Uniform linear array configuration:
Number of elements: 24
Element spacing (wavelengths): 0.5
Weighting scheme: blackman
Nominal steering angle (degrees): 45
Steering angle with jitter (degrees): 45.702
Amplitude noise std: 0.05
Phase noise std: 0.05

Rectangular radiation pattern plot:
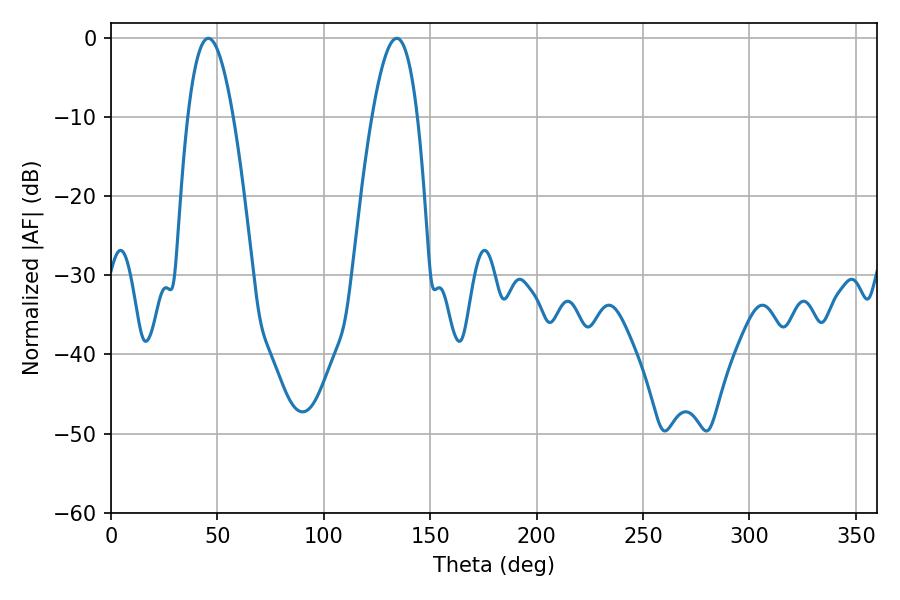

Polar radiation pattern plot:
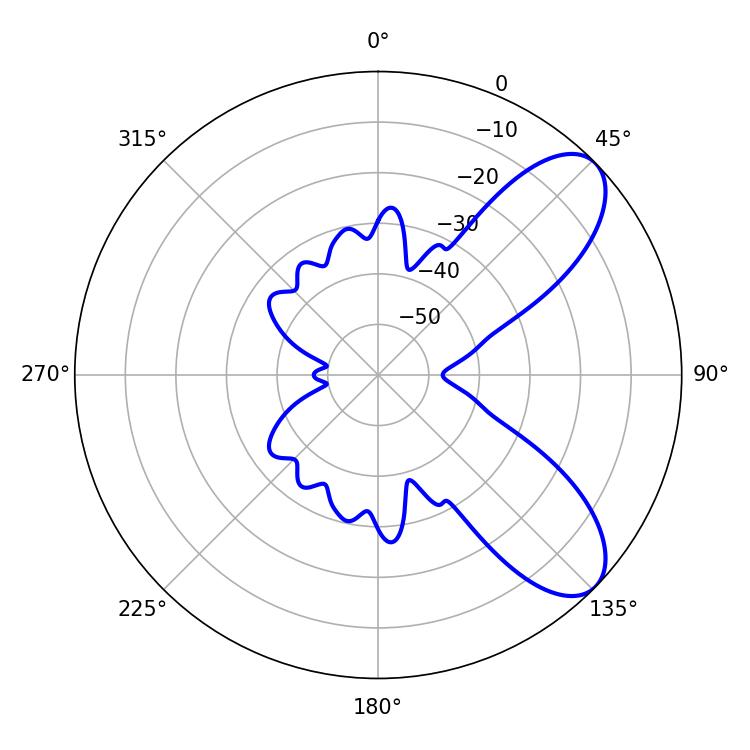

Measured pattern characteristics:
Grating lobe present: FALSE
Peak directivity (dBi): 8.014
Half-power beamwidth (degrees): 11.7
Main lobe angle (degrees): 45.72